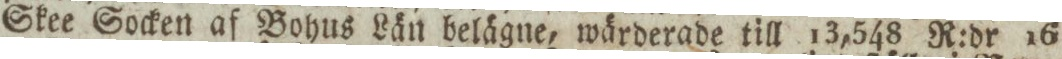
Skee Socken af Bohus Län belägne, wärderade till 13,548 R:dr 16